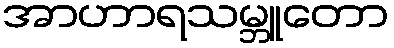
အာဟာရသမ္ဘူတော